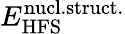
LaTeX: E_{\mathrm{HFS}}^{\mathrm{nucl.struct.}}